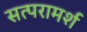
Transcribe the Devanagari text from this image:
सत्परामर्श